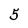
Character: 5